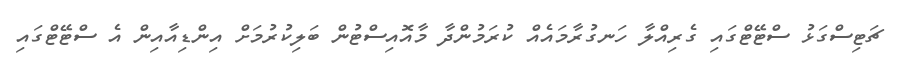
ޗަޓިސްގަޅު ސްޓޭޓްގައި ގެރިއްލާ ހަނގުރާމައެއް ކުރަމުންދާ މާއޮއިސްޓުން ބަލިކުރުމަށް އިންޑިއާއިން އެ ސްޓޭޓްގައި